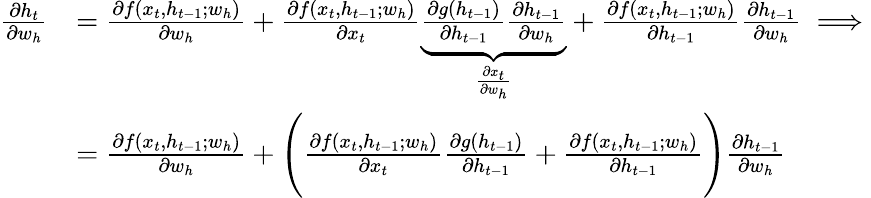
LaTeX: \begin{array}{rl}{\frac{\partial h_{t}}{\partial w_{h}}}&{=\frac{\partial f(x_{t},h_{t-1};w_{h})}{\partial w_{h}}+\frac{\partial f(x_{t},h_{t-1};w_{h})}{\partial x_{t}}\underbrace{\frac{\partial g(h_{t-1})}{\partial h_{t-1}}\frac{\partial h_{t-1}}{\partial w_{h}}}_{\frac{\partial x_{t}}{\partial w_{h}}}+\frac{\partial f(x_{t},h_{t-1};w_{h})}{\partial h_{t-1}}\frac{\partial h_{t-1}}{\partial w_{h}}\implies}\\ &{=\frac{\partial f(x_{t},h_{t-1};w_{h})}{\partial w_{h}}+\Bigg(\frac{\partial f(x_{t},h_{t-1};w_{h})}{\partial x_{t}}\frac{\partial g(h_{t-1})}{\partial h_{t-1}}+\frac{\partial f(x_{t},h_{t-1};w_{h})}{\partial h_{t-1}}\Bigg)\frac{\partial h_{t-1}}{\partial w_{h}}}\end{array}